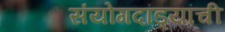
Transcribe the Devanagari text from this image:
संयोगदांड्यांची